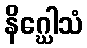
နိဂ္ဃေါသံ